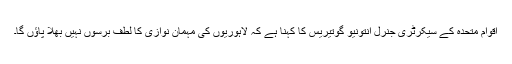
اقوام متحدہ کے سیکرٹری جنرل انتونیو گوتیریس کا کہنا ہے کہ لاہوریوں کی مہمان نوازی کا لطف برسوں نہیں بھلا پاؤں گا۔